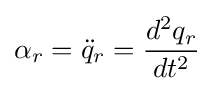
\alpha _{r}={\ddot {q}}_{r}={\frac {d^{2}q_{r}}{dt^{2}}}